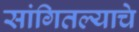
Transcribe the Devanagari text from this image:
सांगितल्याचे